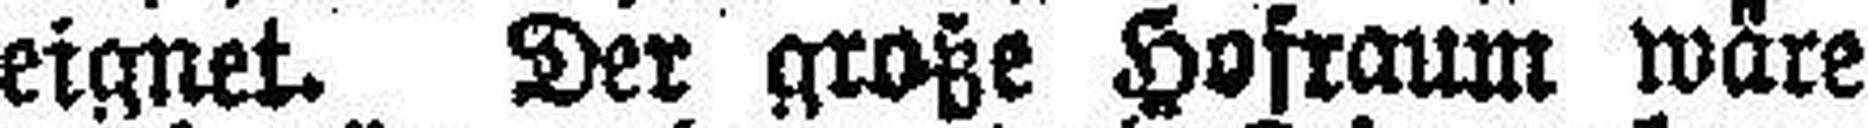
eignet. Der große Hofraum wäre